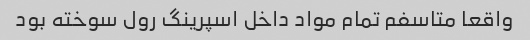
واقعا متاسفم تمام مواد داخل اسپرینگ رول سوخته بود